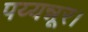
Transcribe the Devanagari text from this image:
पय्यन्नूर।